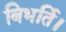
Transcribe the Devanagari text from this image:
बिभर्ति।